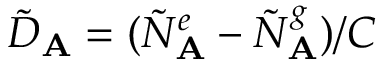
\tilde { D } _ { \mathbf { A } } = ( \tilde { N } _ { \mathbf { A } } ^ { e } - \tilde { N } _ { \mathbf { A } } ^ { g } ) / C